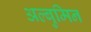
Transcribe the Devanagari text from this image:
अल्बुमिन